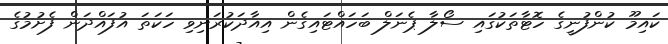
ކައިމޫ ކުންފުނީގެ ހޮޓާތަކުގައި ސޯލާ ޕެނަލް ބަހައްޓައިގެން އިއާދަކުރަނިވި ހަކަތަ އުފައްދަން ފެށުމުގެ